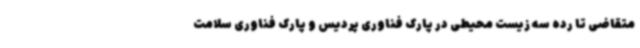
متقاضی تا رده سه زیست محیطی در پارک فناوری پردیس و پارک فناوری سلامت